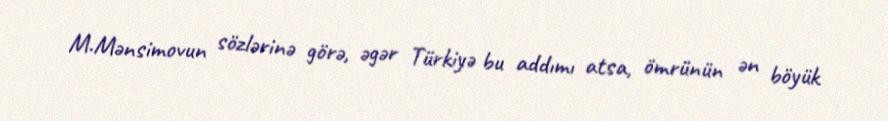
M.Mənsimovun sözlərinə görə, əgər Türkiyə bu addımı atsa, ömrünün ən böyük